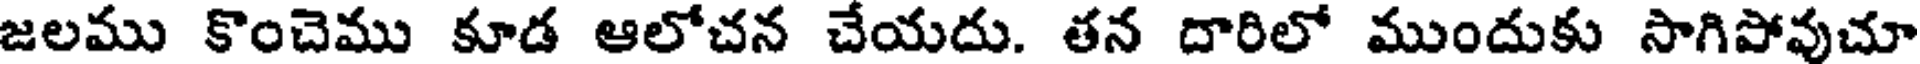
జలము కొంచెము కూడ ఆలోచన చేయదు. తన దారిలో ముందుకు సాగిపోవుచూ